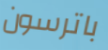
باترسون